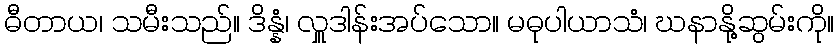
ဓီတာယ၊ သမီးသည်။ ဒိန္နံ၊ လှူဒါန်းအပ်သော။ မဓုပါယာသံ၊ ဃနာနို့ဆွမ်းကို။